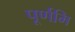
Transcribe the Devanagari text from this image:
पूर्णमि